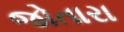
જોતારા